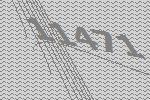
11471